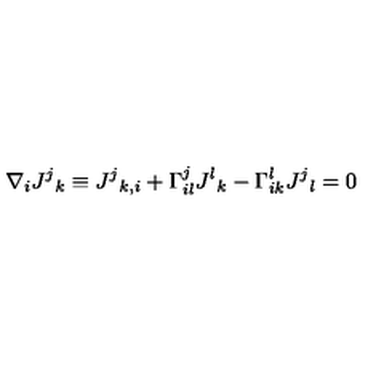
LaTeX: \nabla _ { i } J ^ { j } { } _ { k } \equiv J ^ { j } { } _ { k , i } + \Gamma _ { i l } ^ { j } J ^ { l } { } _ { k } - \Gamma _ { i k } ^ { l } J ^ { j } { } _ { l } = 0